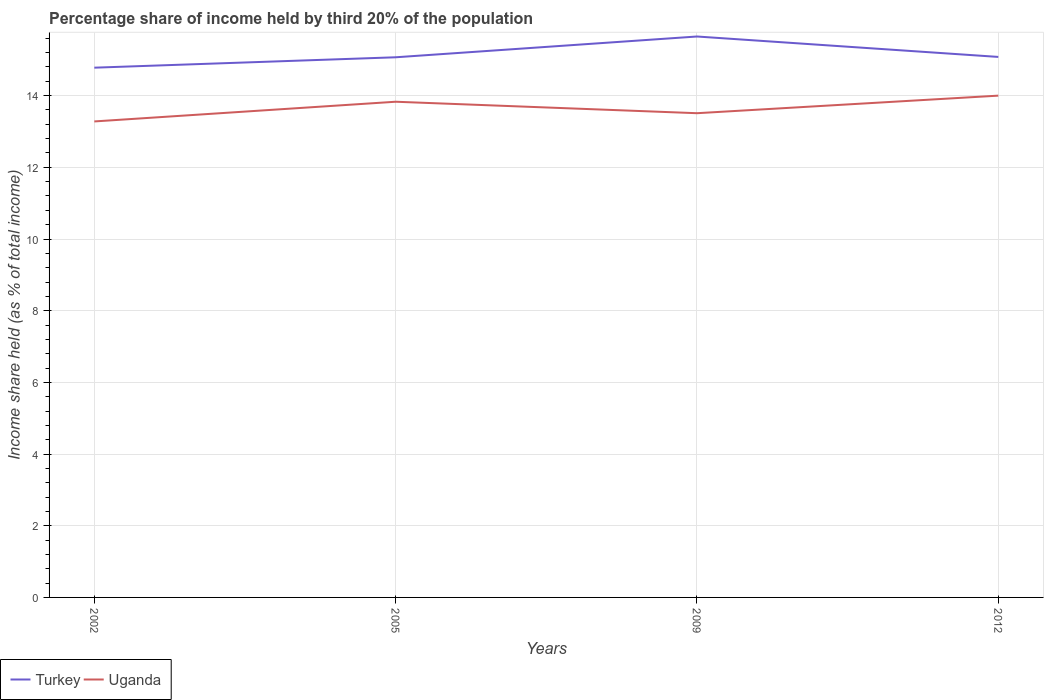
| Years | Turkey | Uganda |
 | --- | --- | --- |
 | 2002 | 14.8 | 13.3 |
 | 2005 | 15.1 | 13.8 |
 | 2009 | 15.7 | 13.5 |
 | 2012 | 15.1 | 14 |